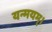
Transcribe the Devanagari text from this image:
यन्मयम्।